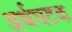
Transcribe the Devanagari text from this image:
अर्थघटक